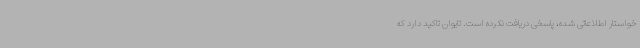
خواستار اطلاعاتی شده، پاسخی دریافت نکرده است. تایوان تاکید دارد که